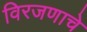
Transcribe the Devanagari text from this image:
विरजणाचे